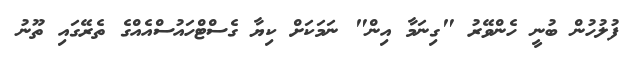
ފުލުހުން ބުނީ ހެންވޭރު "ގިނަމާ އިން" ނަމަކަށް ކިޔާ ގެސްޓްހައުސްއެއްގެ ތެރޭގައި ތޫނު